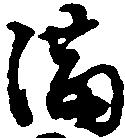
満